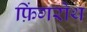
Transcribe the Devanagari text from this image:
फ़िंगरोथ